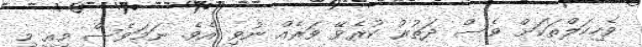
ވެހިކަލްތަކަށް ވެސް ދަތުރު ކުރެވޭ ވަރެއް ނުވި އެވެ. ނަމަވެސް މިއީ މި